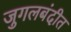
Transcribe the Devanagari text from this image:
जुगलबंदीत